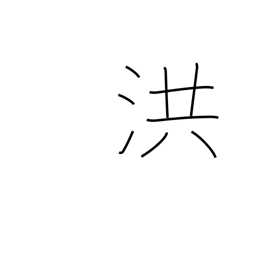
Meaning: flood